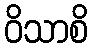
ဝိသာစိ